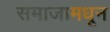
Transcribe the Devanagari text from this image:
समाजामधून